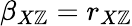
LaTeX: \beta_{X\mathbb{Z}}=r_{X\mathbb{Z}}